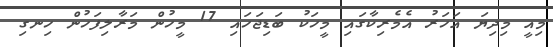
މިއީ މިދިޔަ އަހަރު އެމެރިކާގައި މީހަކު ބަޑިޖަހައި 17 މީހުން މަރާލިފަހުން ހިނގި